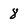
Character: 8